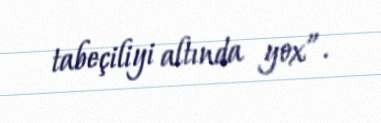
tabeçiliyi altında yox”.